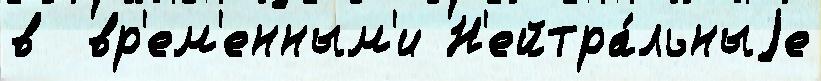
в  вр'ем'енным'и Н'ейтра́льныjе